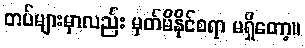
တပ်များမှာလည်း မှတ်မိနိုင်စရာ မရှိတော့။